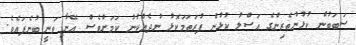
ސަބަބުން ކުޅުންތެރިންގެ އަސްލު ކުޅުން ފުރަތަމަކޮޅު ނުދެއްކުނު ކަމަށްވެސް އޭނާ ވަނީ ބުނެފައެވެ.